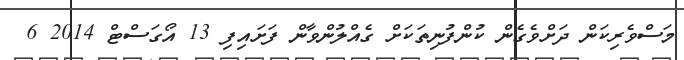
މަސްވެރިކަން ދަށްވެގެން ކުންފުނިތަކަށް ގެއްލުންވާން ފަށައިފި 13 އޯގަސްޓް 2014 6